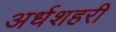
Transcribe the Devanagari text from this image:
अर्धशहरी